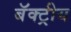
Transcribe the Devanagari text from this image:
बॅक्ट्रीय